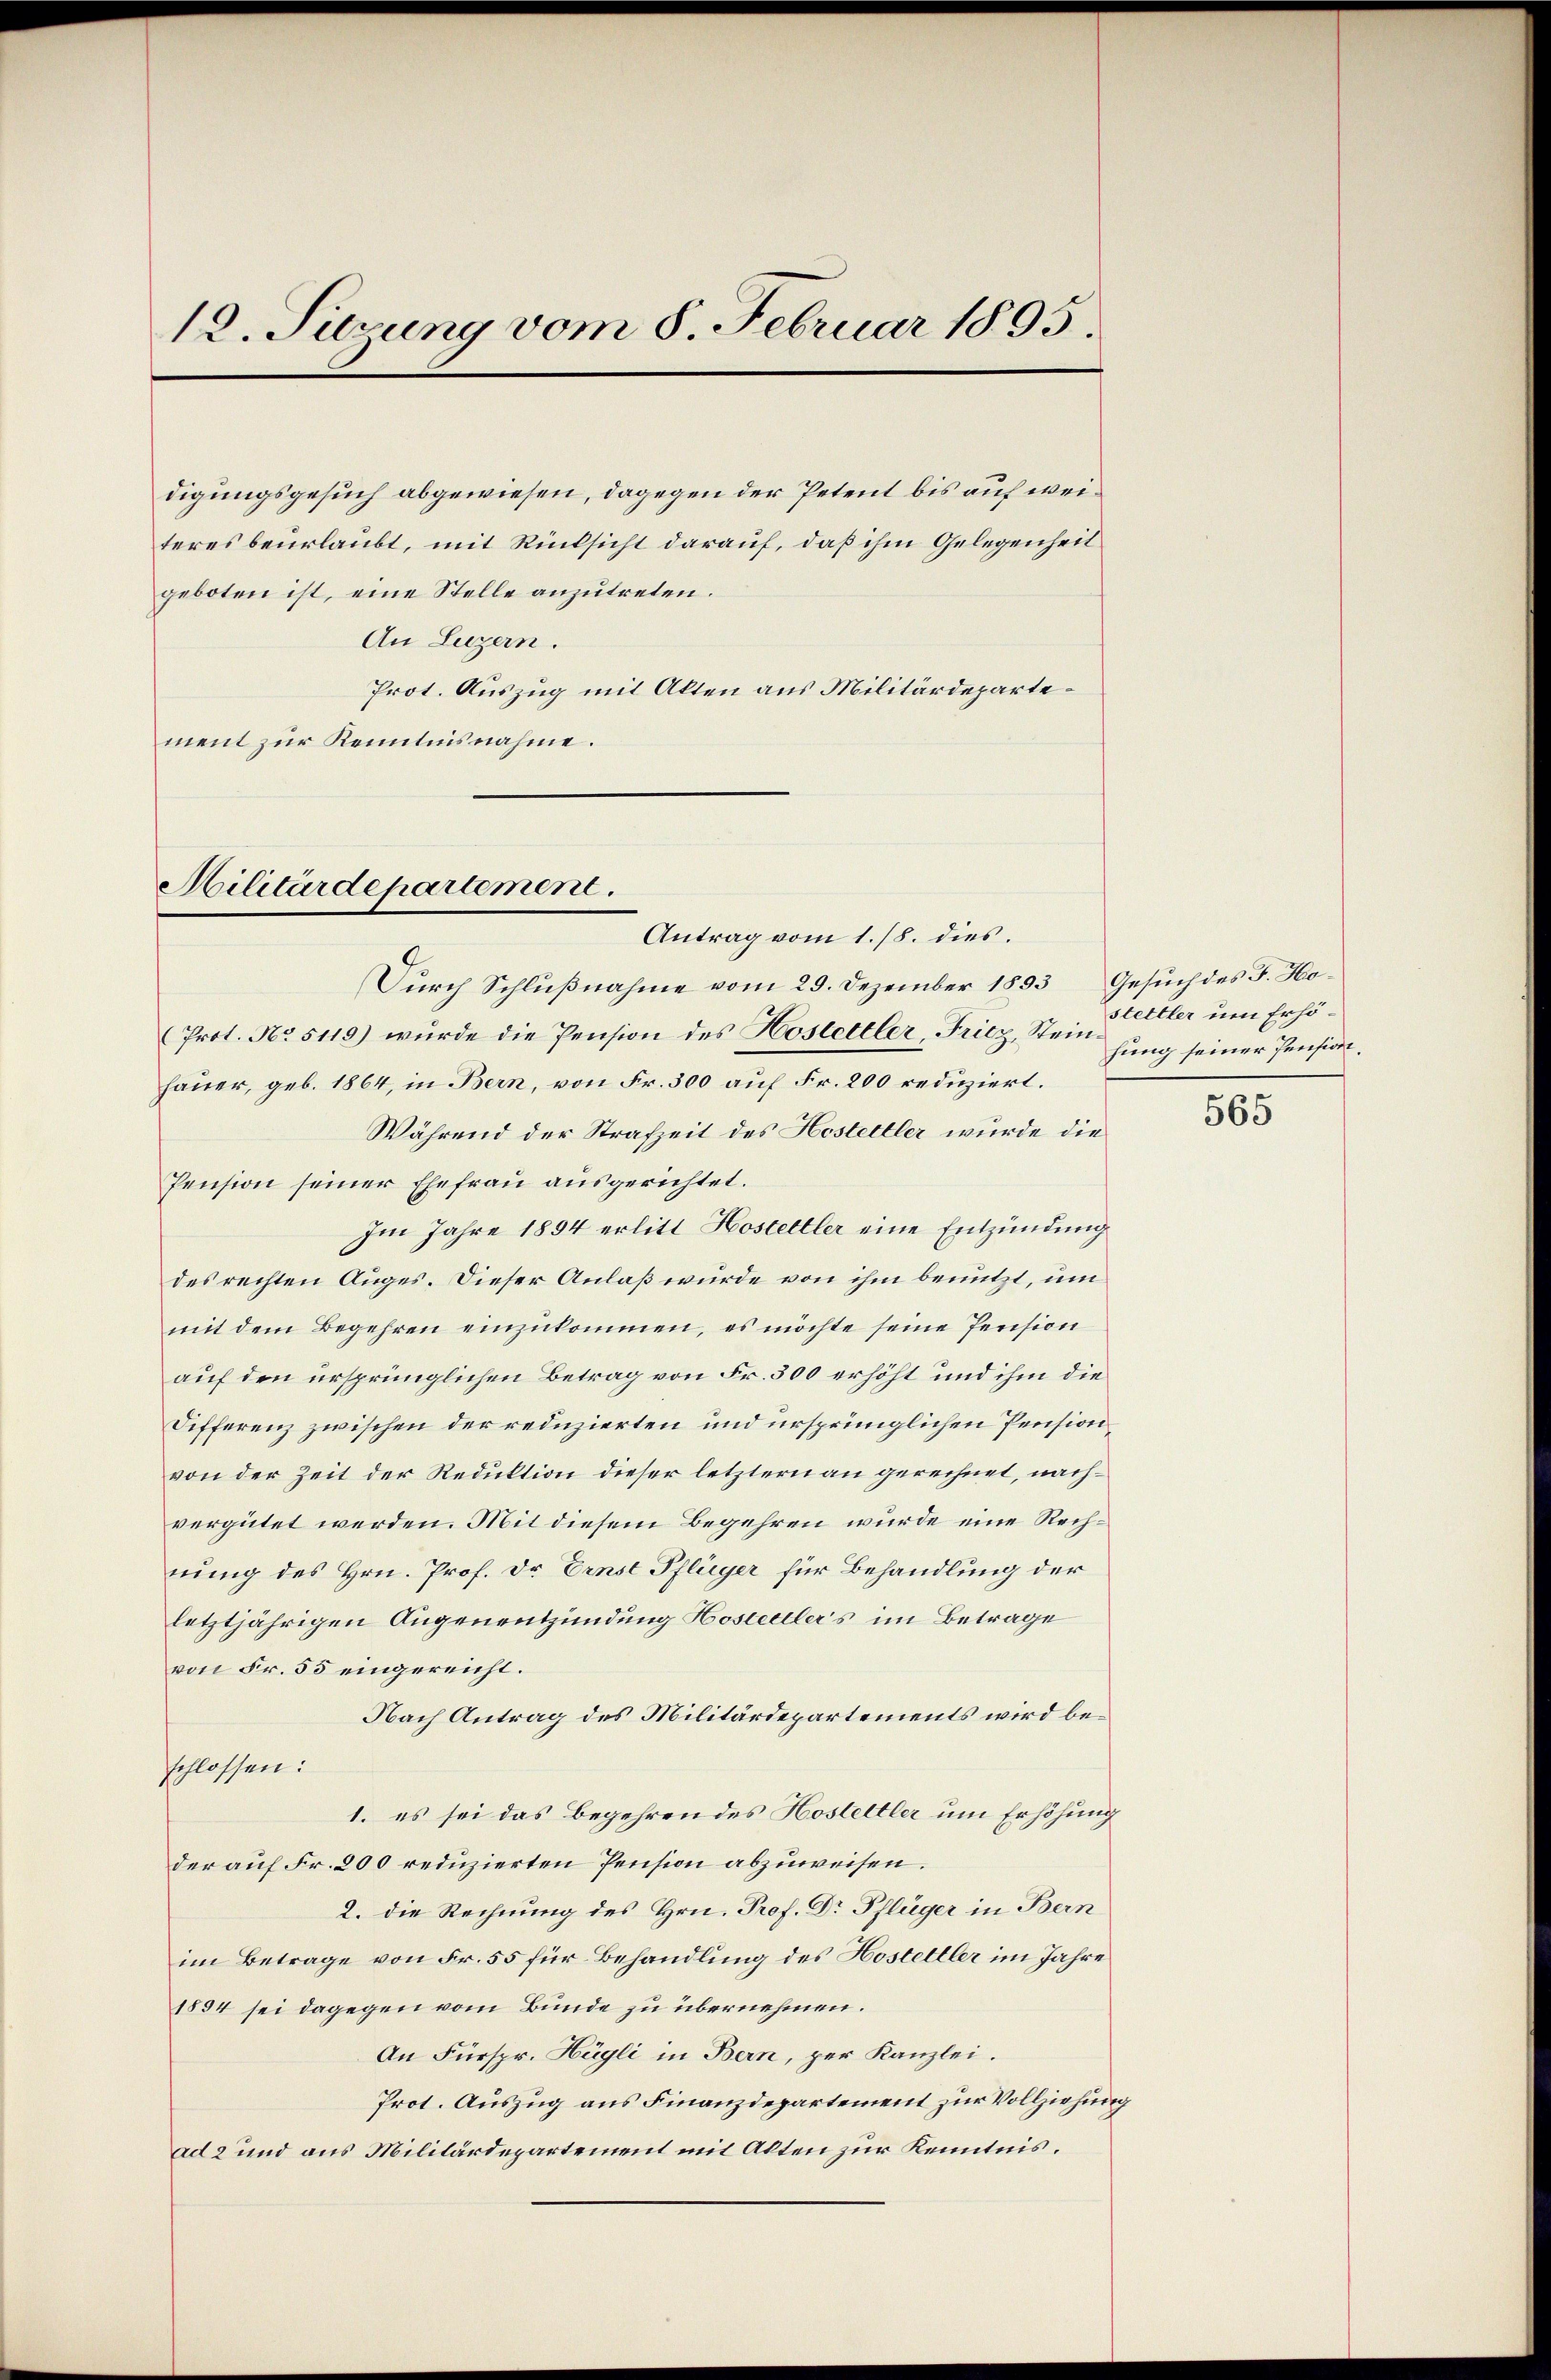
12. Surung vom 8. Februar 1895

teres beurlaubt, mit Rücksicht darauf, daß ihm Gelegenheit
geboten ist, eine Stelle anzutreten.
An Luzern.
Prot. Auszug mit Alten aus Militärdepartement zur Kenntnisnahme.

digungsgesuch abgewiesen, dagegen der Petent bis auf wei¬

Militärdepartement.

Antrag vom 1./8. dies
Dŭrch Schlŭβnahme vom 29. Dezember 1893 Gesŭch des J. Ho¬
(Prot. No. 5119) wurde die Pension des Hostettler, Fritz, Stein hang seiner Pension.
hauer, geb. 1864, in Bern, von Fr. 300 auf Fr. 200 reduziert.
Während der Strafzeit des Hostettler wurde die
Pension seiner Ehefrau ausgerichtet.
Im Jahre 1894 erlitt Hostettler eine Entzündung
des rechten Auges. Dieser Anlaß würde von ihm benutzt, um
mit dem Begehren einzukommen, es möchte seine Pension
auf den ursprünglichen Betrag von Fr. 300 erhöht und ihm die
Differenz zwischen der reduzierten und ursprünglichen Pension
von der Zeit der Reduktion dieser letztern an gerechnet, nachvergütet werden. Mit diesem Begehren wurde eine Rechnung des Hrn. Prof. Dr. Ernst Pflüger für Behandlung der
letztjährigen Augenentzündung Hostettler’s im Betrage
von Fr. 55 eingereicht.
Nach Antrag des Militärdepartements wird beschlossen:
1. es sei das Begehren des Hostettler um Erhöhung
der auf Fr. 200 reduzierten Pension abzuweisen.
2. die Rechnung des Hrn. Prof. Dr Pflüger in Bern
im Betrage von Fr. 55 für Behandlung des Hostettler im Jahre
1894 sei dagegen vom Bunde zu übernehmen.
An Fürspr. Hügli in Bern, per Kanzlei.
Prot. Auszug aus Finanzdepartement zur Vollziehung
ad 2 und aus Militärdepartement mit Akten zur Kenntnis.

stettler um Erhö¬

565